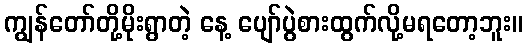
ကျွန်တော်တို့မိုးရွာတဲ့ နေ့ ပျော်ပွဲစားထွက်လို့မရတော့ဘူး။